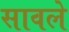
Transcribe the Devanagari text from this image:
सावले